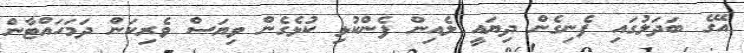
އޭގެ ބަދަލުގައި ފެނިގެން ދިޔައީ ލެއިން ފެންކުޅި ކުޅެގެން ވިޔަސް ވެރިކަން ދަމަހައްޓާން